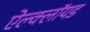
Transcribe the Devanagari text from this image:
ऐल्क्लॉयड